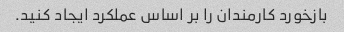
بازخورد کارمندان را بر اساس عملکرد ایجاد کنید.